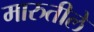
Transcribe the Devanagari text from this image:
मारुतीले